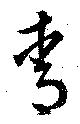
靑